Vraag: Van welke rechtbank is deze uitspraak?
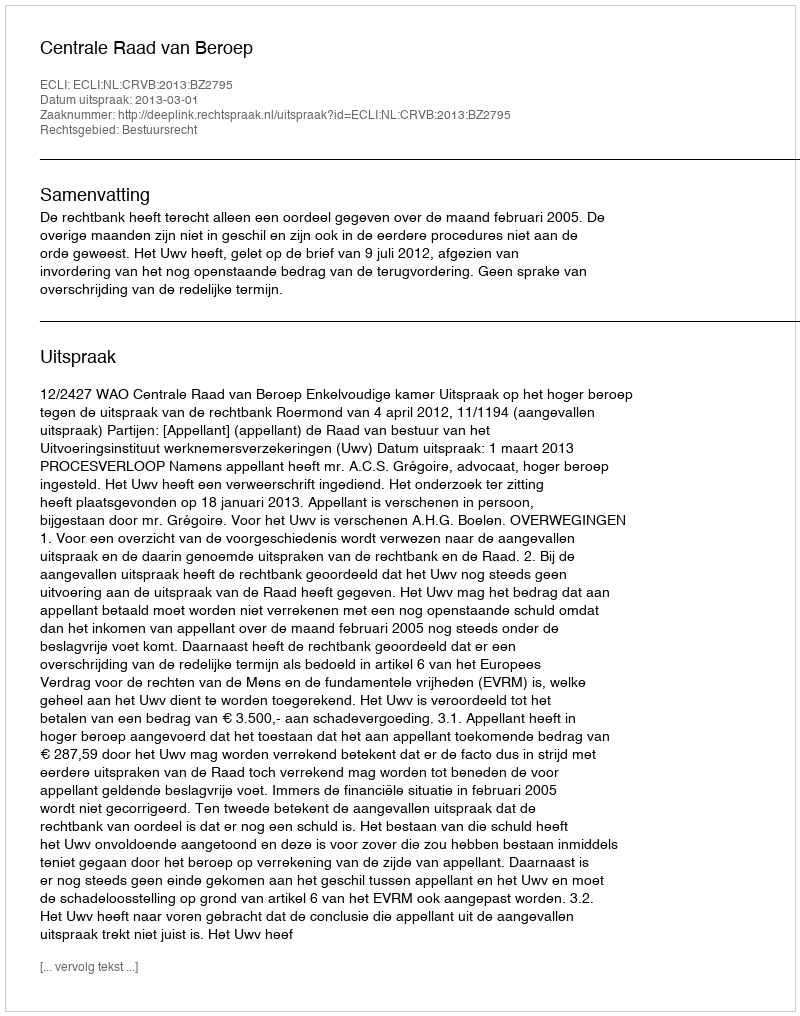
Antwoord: Centrale Raad van Beroep